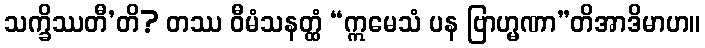
သက္ခိဿတီ’တိ? တဿ ဝီမံသနတ္ထံ “ဣမေသံ ပန ဗြာဟ္မဏာ”တိအာဒိမာဟ။